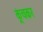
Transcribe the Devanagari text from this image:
कूंचकर